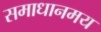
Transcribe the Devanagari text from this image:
समाधानमय